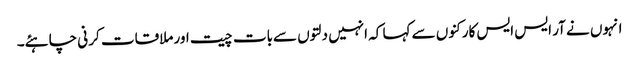
انہوں نے آر ایس ایس کارکنوں سے کہا کہ انہیں دلتوں سےبات چیت اور ملاقات کر نی چاہئے۔